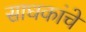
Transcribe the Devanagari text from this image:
साधकांचे